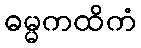
ဓမ္မကထိကံ